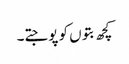
کچھ بتوں کو پوجتے۔